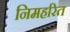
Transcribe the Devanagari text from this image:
निमहरित